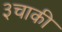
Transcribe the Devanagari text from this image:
३चाकी